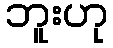
ဘူးဟု